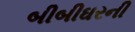
બીબીઘરની